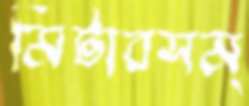
মিটারসম্